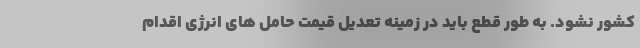
کشور نشود. به طور قطع باید در زمینه تعدیل قیمت حامل های انرژی اقدام